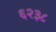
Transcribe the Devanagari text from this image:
६२३८